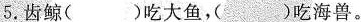
5.齿鲸()吃大鱼，()吃海兽。